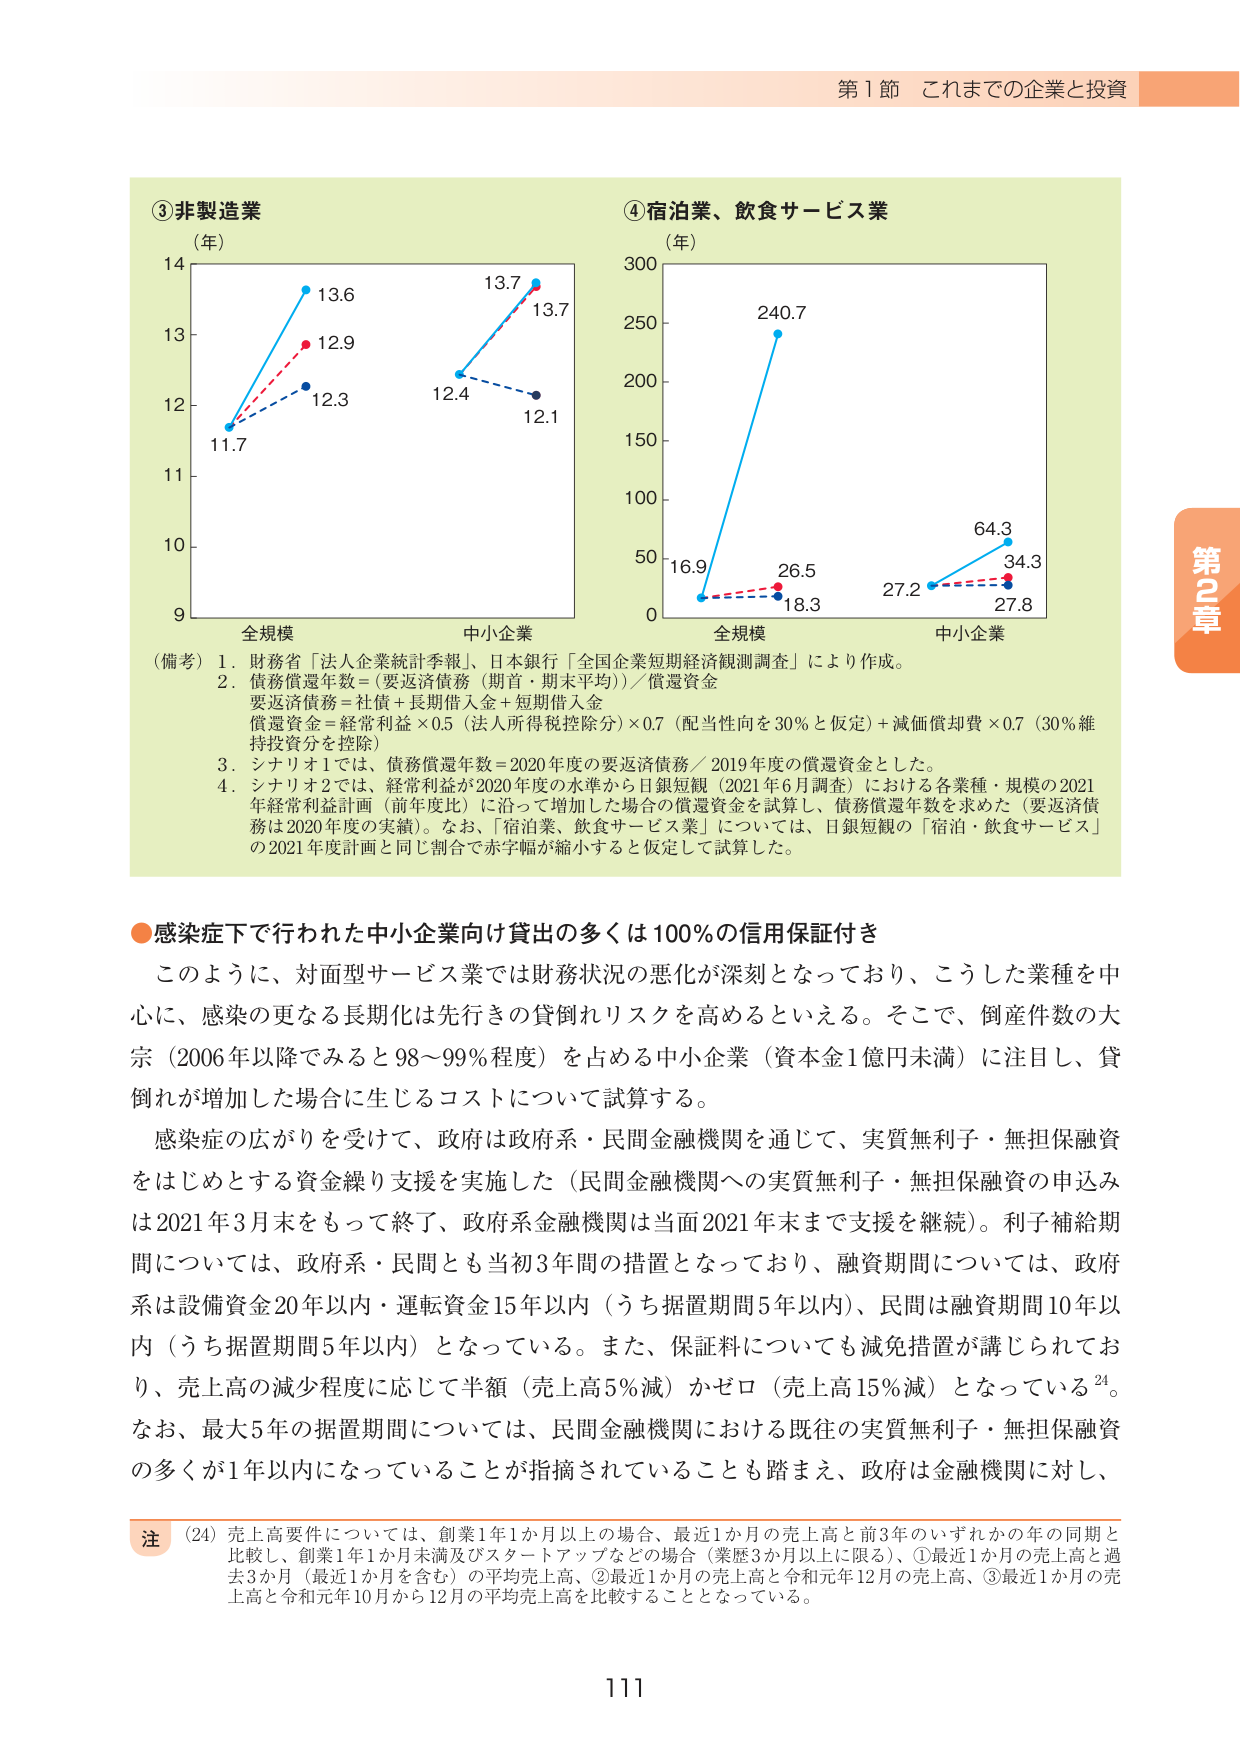
第1節 これまでの企業と投資

③非製造業
（年）
14
13
12
11
10
9
11.7
13.6
12.9
12.3
13.7
12.4
12.1
全規模
中小企業

④宿泊業、飲食サービス業
（年）
300
250
200
150
100
50
0
16.9
240.7
26.5
18.3
27.2
64.3
34.3
27.8
全規模
中小企業

（備考）1．財務省「法人企業統計季報」、日本銀行「全国企業短期経済観測調査」により作成。
2．債務償還年数＝（要返済債務（期首・期末平均））／償還資金
要返済債務＝社債＋長期借入金＋短期借入金
償還資金＝経常利益×0.5（法人所得税控除分）×0.7（配当性向を30％と仮定）＋減価償却費×0.7（30％維持投資分を控除）
3．シナリオ1では、債務償還年数＝2020年度の要返済債務／2019年度の償還資金とした。
4．シナリオ2では、経常利益が2020年度の水準から日銀短観（2021年6月調査）における各業種・規模の2021年経常利益計画（前年度比）に沿って増加した場合の償還資金を試算し、債務償還年数を求めた（要返済債務は2020年度の実績）。なお、「宿泊業、飲食サービス業」については、日銀短観の「宿泊・飲食サービス」の2021年度計画と同じ割合で赤字幅が縮小すると仮定して試算した。

●感染症下で行われた中小企業向け貸出の多くは100％の信用保証付き
このように、対面型サービス業では財務状況の悪化が深刻となっており、こうした業種を中心に、感染の更なる長期化は先行きの貸倒れリスクを高めるといえる。そこで、倒産件数の大宗（2006年以降でみると98～99％程度）を占める中小企業（資本金1億円未満）に注目し、貸倒れが増加した場合に生じるコストについて試算する。
感染症の広がりを受けて、政府は政府系・民間金融機関を通じて、実質無利子・無担保融資をはじめとする資金繰り支援を実施した（民間金融機関への実質無利子・無担保融資の申込みは2021年3月末をもって終了、政府系金融機関は当面2021年末まで支援を継続）。利子補給期間については、政府系・民間とも当初3年間の措置となっており、融資期間については、政府系は設備資金20年以内・運転資金15年以内（うち据置期間5年以内）、民間は融資期間10年以内（うち据置期間5年以内）となっている。また、保証料についても減免措置が講じられており、売上高の減少程度に応じて半額（売上高5％減）かゼロ（売上高15％減）となっている24。なお、最大5年の据置期間については、民間金融機関における既往の実質無利子・無担保融資の多くが1年以内になっていることが指摘されていることも踏まえ、政府は金融機関に対し、

注（24）売上高要件については、創業1年1か月以上の場合、最近1か月の売上高と前3年のいずれかの年の同期と比較し、創業1年1か月未満及びスタートアップなどの場合（業歴3か月以上に限る）、①最近1か月の売上高と過去3か月（最近1か月を含む）の平均売上高、②最近1か月の売上高と令和元年12月の売上高、③最近1か月の売上高と令和元年10月から12月の平均売上高を比較することとなっている。

第2章
111